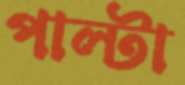
পাল্টা